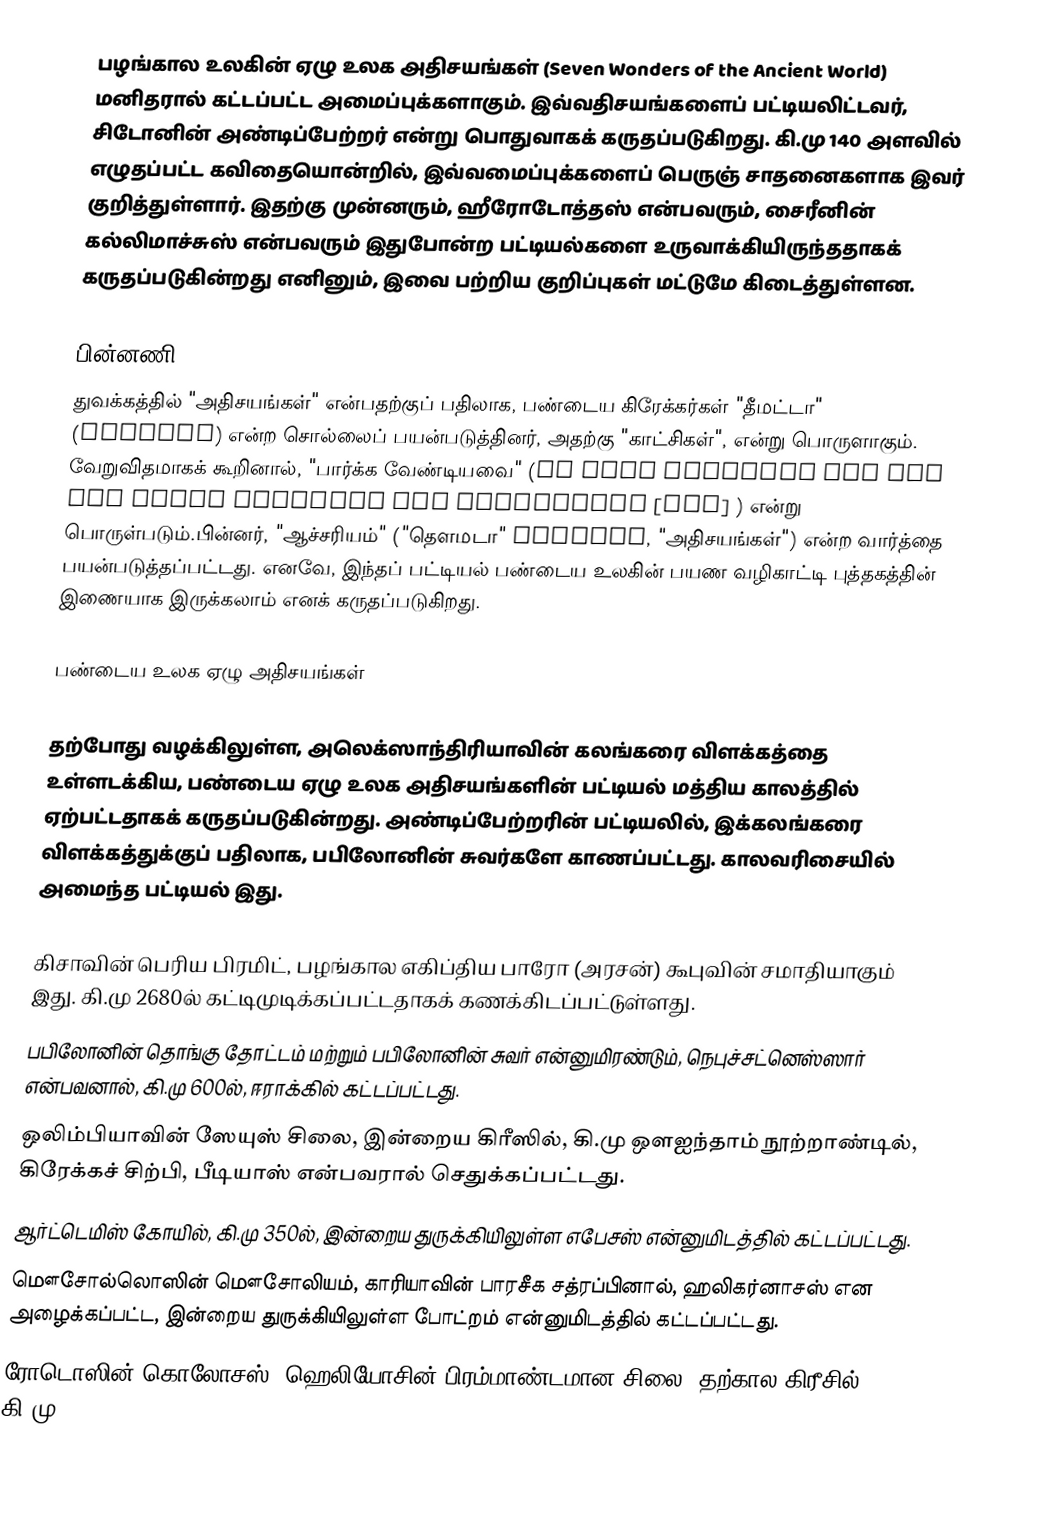
பழங்கால உலகின் ஏழு உலக அதிசயங்கள் (Seven Wonders of the Ancient World) மனிதரால் கட்டப்பட்ட அமைப்புக்களாகும். இவ்வதிசயங்களைப் பட்டியலிட்டவர், சிடோனின் அண்டிப்பேற்றர் என்று பொதுவாகக் கருதப்படுகிறது. கி.மு 140 அளவில் எழுதப்பட்ட கவிதையொன்றில், இவ்வமைப்புக்களைப் பெருஞ் சாதனைகளாக இவர் குறித்துள்ளார். இதற்கு முன்னரும், ஹீரோடோத்தஸ் என்பவரும், சைரீனின் கல்லிமாச்சுஸ் என்பவரும் இதுபோன்ற பட்டியல்களை உருவாக்கியிருந்ததாகக் கருதப்படுகின்றது எனினும், இவை பற்றிய குறிப்புகள் மட்டுமே கிடைத்துள்ளன.

பின்னணி
துவக்கத்தில் "அதிசயங்கள்" என்பதற்குப் பதிலாக, பண்டைய கிரேக்கர்கள் "தீமட்டா" (θεάματα) என்ற சொல்லைப் பயன்படுத்தினர், அதற்கு "காட்சிகள்", என்று பொருளாகும். வேறுவிதமாகக் கூறினால், "பார்க்க வேண்டியவை" (Τὰ ἑπτὰ θεάματγα τῆς οῆς οῼκ heptà theámata tēs oikoumenēs [gēs] ) என்று பொருள்படும்.பின்னர், "ஆச்சரியம்" ("தௌமடா" θαύματα, "அதிசயங்கள்") என்ற வார்த்தை பயன்படுத்தப்பட்டது. எனவே, இந்தப் பட்டியல் பண்டைய உலகின் பயண வழிகாட்டி புத்தகத்தின் இணையாக இருக்கலாம் எனக் கருதப்படுகிறது.

பண்டைய உலக ஏழு அதிசயங்கள்

தற்போது வழக்கிலுள்ள, அலெக்ஸாந்திரியாவின் கலங்கரை விளக்கத்தை உள்ளடக்கிய, பண்டைய ஏழு உலக அதிசயங்களின் பட்டியல் மத்திய காலத்தில் ஏற்பட்டதாகக் கருதப்படுகின்றது. அண்டிப்பேற்றரின் பட்டியலில், இக்கலங்கரை விளக்கத்துக்குப் பதிலாக, பபிலோனின் சுவர்களே காணப்பட்டது. காலவரிசையில் அமைந்த பட்டியல் இது.

 கிசாவின் பெரிய பிரமிட், பழங்கால எகிப்திய பாரோ (அரசன்) கூபுவின் சமாதியாகும் இது. கி.மு 2680ல் கட்டிமுடிக்கப்பட்டதாகக் கணக்கிடப்பட்டுள்ளது.
 பபிலோனின் தொங்கு தோட்டம் மற்றும் பபிலோனின் சுவர் என்னுமிரண்டும், நெபுச்சட்னெஸ்ஸார் என்பவனால், கி.மு 600ல், ஈராக்கில் கட்டப்பட்டது.
 ஒலிம்பியாவின் ஸேயுஸ் சிலை, இன்றைய கிரீஸில், கி.மு ஔஐந்தாம் நூற்றாண்டில், கிரேக்கச் சிற்பி, பீடியாஸ் என்பவரால் செதுக்கப்பட்டது.
 ஆர்ட்டெமிஸ் கோயில், கி.மு 350ல், இன்றைய துருக்கியிலுள்ள எபேசஸ் என்னுமிடத்தில் கட்டப்பட்டது.
 மௌசோல்லொஸின் மௌசோலியம், காரியாவின் பாரசீக சத்ரப்பினால், ஹலிகர்னாசஸ் என அழைக்கப்பட்ட, இன்றைய துருக்கியிலுள்ள போட்றம் என்னுமிடத்தில் கட்டப்பட்டது.
 ரோடொஸின் கொலோசஸ், ஹெலியோசின் பிரம்மாண்டமான சிலை. தற்கால கிரீசில், கி.மு 280